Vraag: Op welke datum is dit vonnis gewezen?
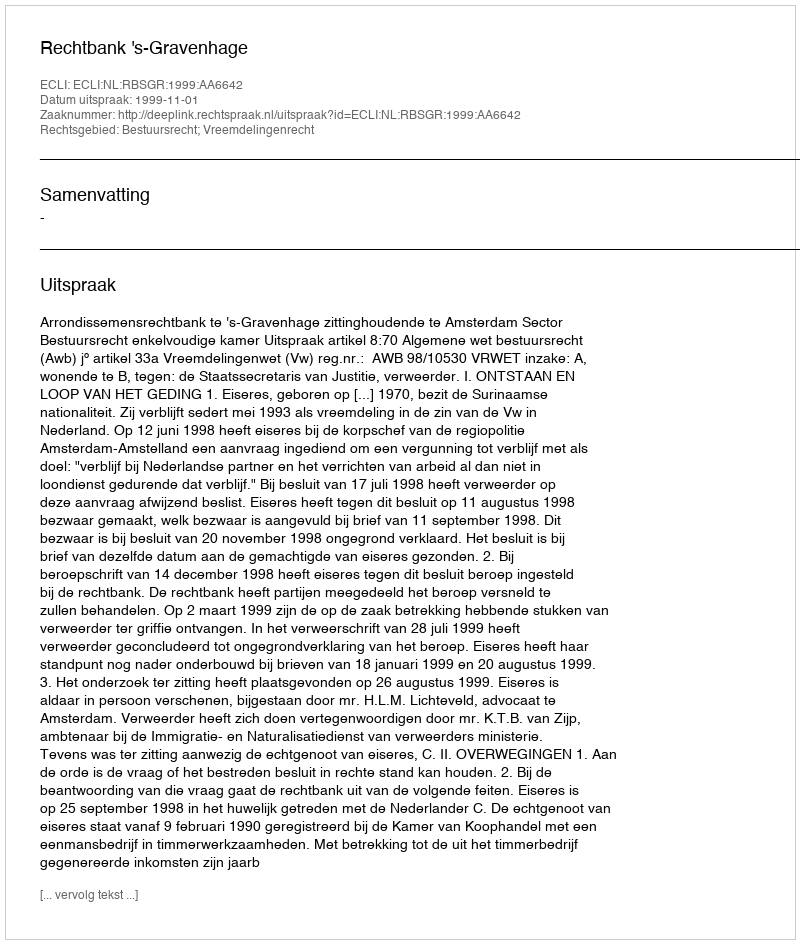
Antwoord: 1999-11-01